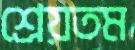
শ্রেয়তম